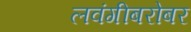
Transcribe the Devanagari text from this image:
लवंगीबरोबर